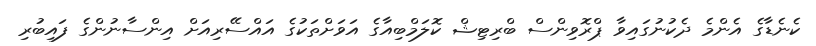
ކެނެޑާގެ އެންމެ ދެކުނުގައިވާ ޕްރޮވިންސް ބްރިޓިޝް ކޮލަމްބިއާގެ އަވަށްތަކުގެ އައްސޭރިއަށް އިންސާނުންގެ ފައިބުރި